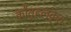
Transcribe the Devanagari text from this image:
कौतूहलकृत